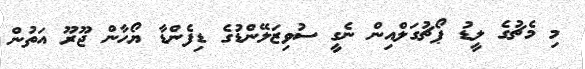
މި މެޗުގެ ލީޑު ޕޯޗުގަލްއިން ނެގީ ސުވިޒަލޭންޑުގެ ޑިފެންޑާ ޔޯހާން ޖޫރޫ އަތުން